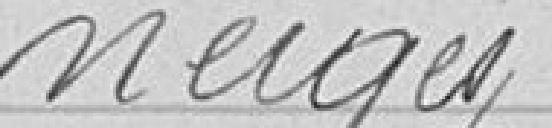
neiges